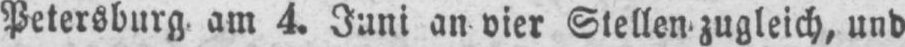
Petersburg am 4 Juni an vier Stellen zugleich, und